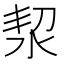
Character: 洯